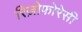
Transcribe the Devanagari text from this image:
रिज़ोफोरेसी